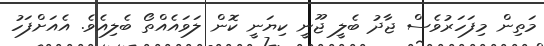
މަތިން މިފަހަރުވެސް ޖާދު ބެލީ ޖޫނީ ކިޔަނީ ކޮން ލަވައެއްތޯ ބެލިއެވެ. އެއަށްފަހު